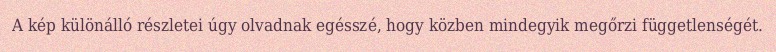
A kép különálló részletei úgy olvadnak egésszé, hogy közben mindegyik megőrzi függetlenségét.